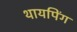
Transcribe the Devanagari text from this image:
थायपिंग